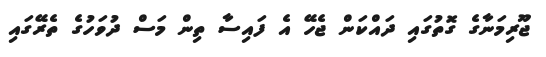
ޖޫރިމަނާގެ ގޮތުގައި ދައްކަން ޖެހޭ އެ ފައިސާ ތިން މަސް ދުވަހުގެ ތެރޭގައި